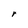
Character: r